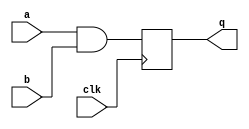
// Listing 7.5
module ab_ff_2seg
   (
    input wire clk,
    input wire a, b,
    output reg q
   );

   reg q_next;

   // D FF
   always @(posedge clk)
      q <= q_next;

   // combinational circuit
   always @*
      q_next = a & b;

endmodule